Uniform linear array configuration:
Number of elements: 16
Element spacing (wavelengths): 1
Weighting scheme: uniform
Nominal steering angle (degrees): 45
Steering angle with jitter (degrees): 44.212
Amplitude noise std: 0.05
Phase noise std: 0.05

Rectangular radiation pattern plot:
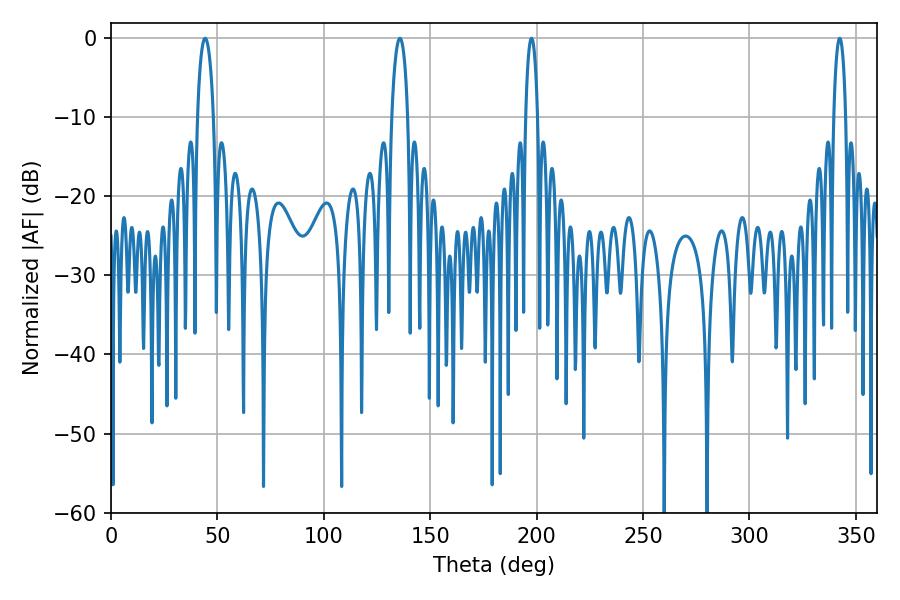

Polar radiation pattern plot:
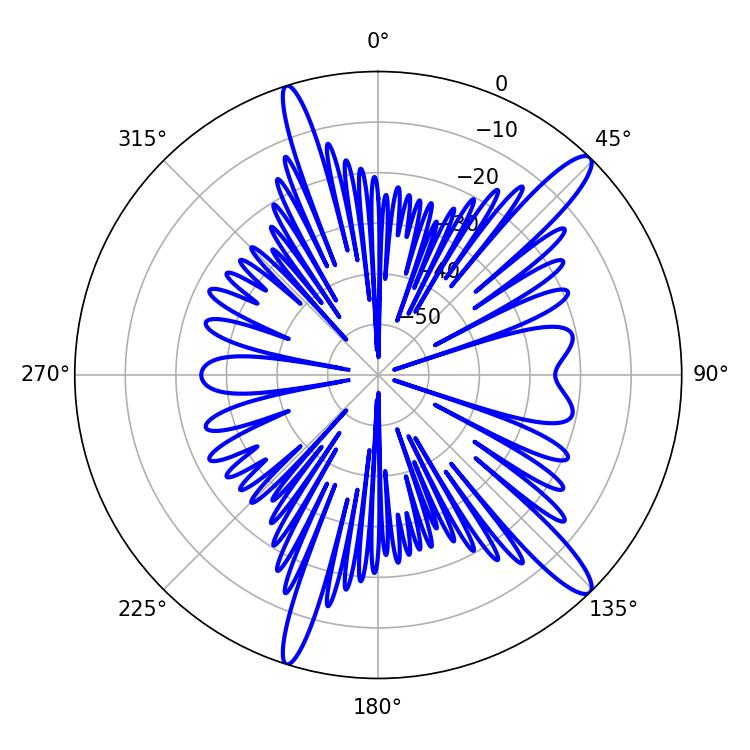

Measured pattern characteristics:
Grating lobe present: TRUE
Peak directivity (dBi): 13.83
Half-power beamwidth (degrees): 4.32
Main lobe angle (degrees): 44.28